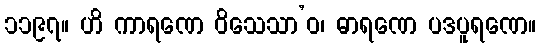
၁၁၉၇။ ဟိ ကာရဏေ ဝိသေသာ’ဝ၊ ဓာရဏေ ပဒပူရဏေ။